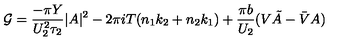
{ \cal G } = \frac { - \pi Y } { U _ { 2 } ^ { 2 } \tau _ { 2 } } | A | ^ { 2 } - 2 \pi i T ( n _ { 1 } k _ { 2 } + n _ { 2 } k _ { 1 } ) + \frac { \pi b } { U _ { 2 } } ( V \tilde { A } - \bar { V } A )